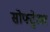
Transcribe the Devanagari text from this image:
सोफ्ट्वेअर